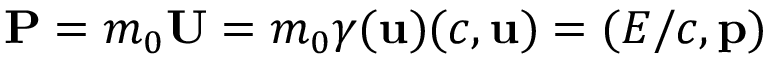
\mathbf { P } = m _ { 0 } \mathbf { U } = m _ { 0 } \gamma ( \mathbf { u } ) ( c , \mathbf { u } ) = ( E / c , \mathbf { p } )